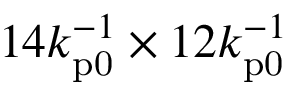
1 4 k _ { \mathrm { p 0 } } ^ { - 1 } \times 1 2 k _ { \mathrm { p 0 } } ^ { - 1 }